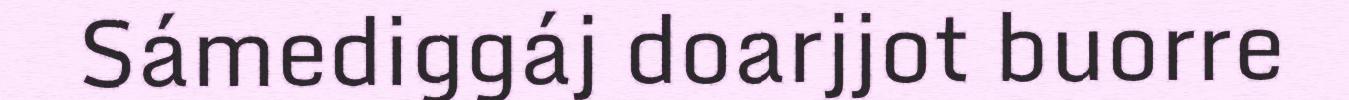
Sámediggáj doarjjot buorre